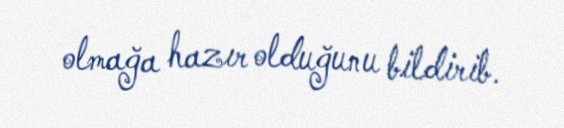
olmağa hazır olduğunu bildirib.